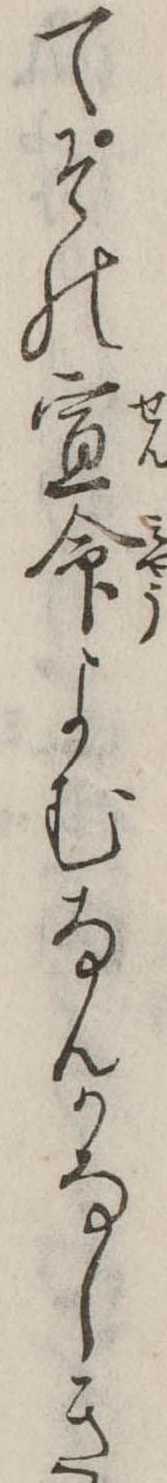
てその宣命よむなんかなしき